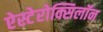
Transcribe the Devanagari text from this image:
ऐस्टेरोक्सिलॉन